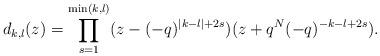
LaTeX: \begin{align*} d_{k,l}(z) = \prod_{s=1}^{\min(k,l)} (z-(-q)^{|k-l|+2s})(z+q^N(-q)^{-k-l+2s}).\end{align*}